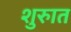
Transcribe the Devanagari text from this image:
शुरुात